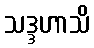
သဒ္ဒဟာသိ